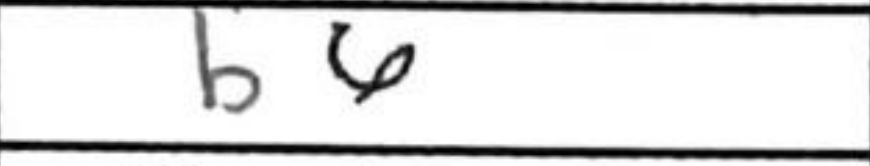
Transcription: b6